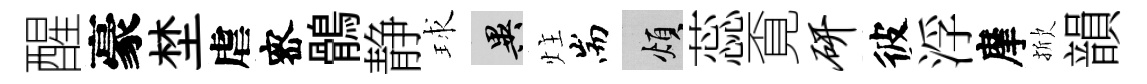
醒豪埜虐宻鶻静球异炷耑煩蕊覔研彼浮摩掀韻